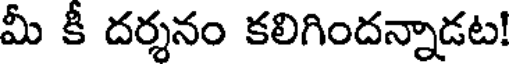
మీ కీ దర్శనం కలిగిందన్నాడట!